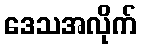
ဒေသအလိုက်